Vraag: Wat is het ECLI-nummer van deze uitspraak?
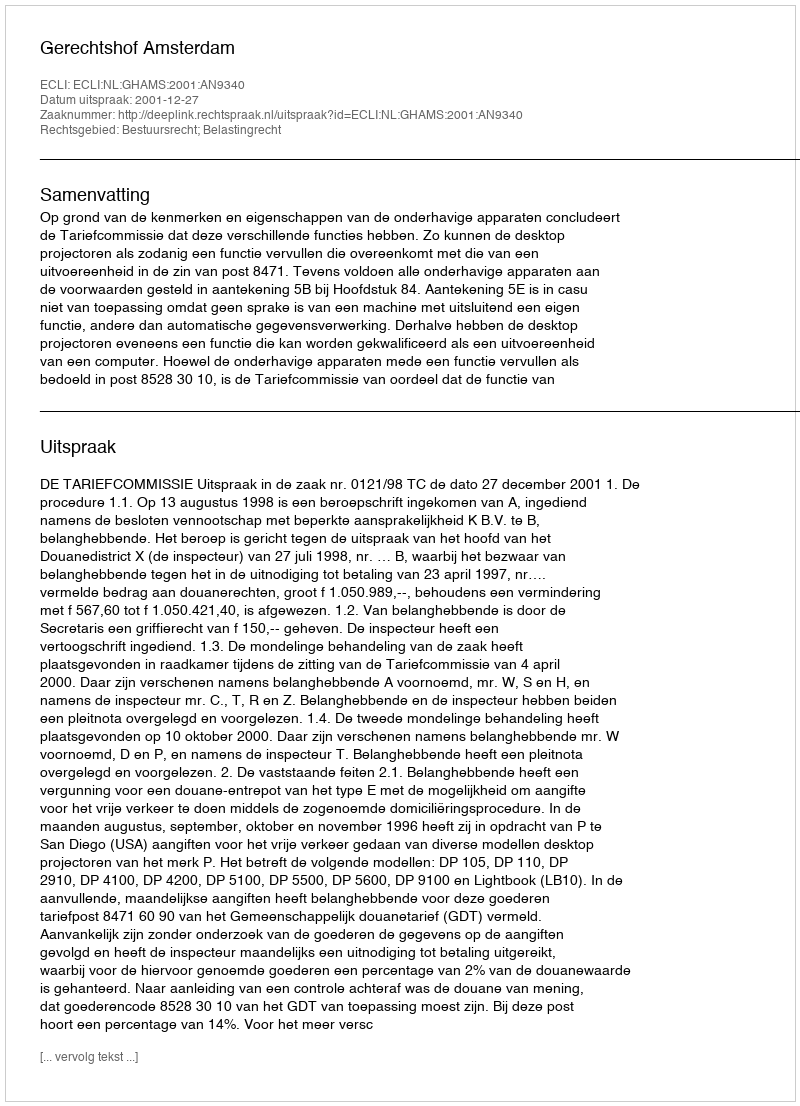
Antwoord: ECLI:NL:GHAMS:2001:AN9340